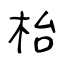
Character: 枱